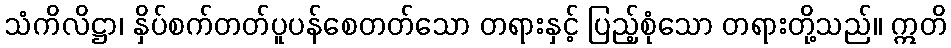
သံကိလိဋ္ဌာ၊ နှိပ်စက်တတ်ပူပန်စေတတ်သော တရားနှင့် ပြည့်စုံသော တရားတို့သည်။ ဣတိ